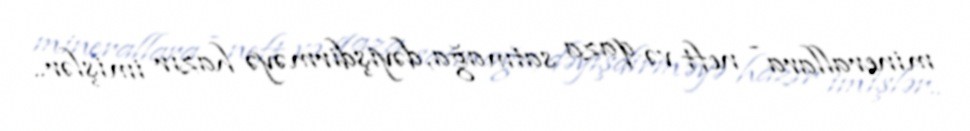
minerallara - neft və qaza satmağa, dəyişdirməyə hazır imişlər..